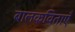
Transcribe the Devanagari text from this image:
बालकविताएँ